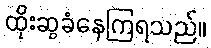
ထိုးဆွခံနေကြရသည်။